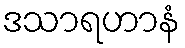
ဒသာရဟာနံ